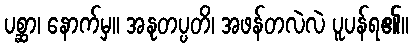
ပစ္ဆာ၊ နောက်မှ။ အနုတပ္ပတိ၊ အဖန်တလဲလဲ ပူပန်ရ၏။